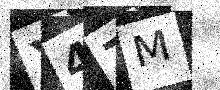
Text: X4ZM